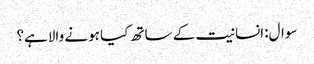
سوال:انسانیت کے ساتھ کیا ہونے والاہے؟